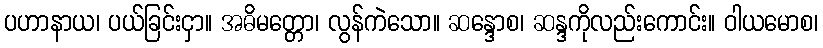
ပဟာနာယ၊ ပယ်ခြင်းငှာ။ အဓိမတ္တော၊ လွန်ကဲသော။ ဆန္ဒောစ၊ ဆန္ဒကိုလည်းကောင်း။ ဝါယမောစ၊